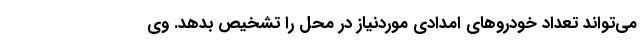
می‌تواند تعداد خودرو‌های امدادی موردنیاز در محل را تشخیص بدهد. وی